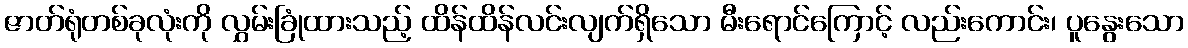
ဇာတ်ရုံတစ်ခုလုံးကို လွှမ်းခြုံထားသည့် ထိန်ထိန်လင်းလျက်ရှိသော မီးရောင်ကြောင့် လည်းကောင်း၊ ပူနွေးသော